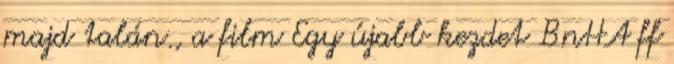
majd talán., a film Egy újabb kezdet BnHA ff